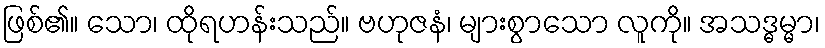
ဖြစ်၏။ သော၊ ထိုရဟန်းသည်။ ဗဟုဇနံ၊ များစွာသော လူကို။ အသဒ္ဓမ္မာ၊